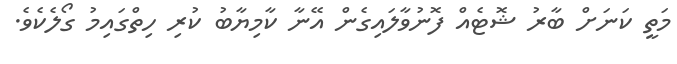
މަތީ ކަނަށް ބާރު ޝޮޓެއް ފޮނުވާލައިގެން އޭނާ ކާމިޔާބު ކުރި ހިތްގައިމު ގޯލެކެވެ.